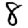
Digit: 8